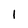
Character: 1